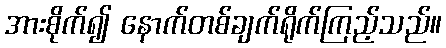
အားစိုက်၍ နောက်တစ်ချက်ရိုက်ကြည့်သည်။